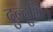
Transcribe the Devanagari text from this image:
दुन्दुभिः।